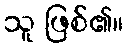
သူ ဖြစ်၏။